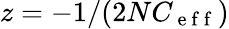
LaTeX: z=-1/(2NC_{\mathrm{~e~f~f~}})